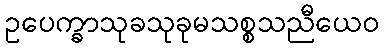
ဥပေက္ခာသုခသုခုမသစ္စသညီယေဝ